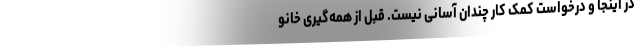
در اینجا و درخواست کمک کار چندان آسانی نیست. قبل از همه‌گیری خانو